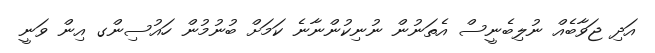
އަދި ޖަވާބެއް ނުލިބެނީސް އެތަނުން ނުނިކުންނާނެ ކަމަށް ބުނުމުން ހައުސިންގ އިން ވަނީ